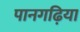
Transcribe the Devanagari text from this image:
पानगढ़िया